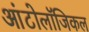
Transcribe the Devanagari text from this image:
आंटोलॉजिकल